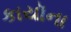
કાયૉના